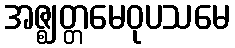
အဇ္ဈတ္တမေဝုပသမေ